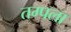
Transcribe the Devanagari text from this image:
तम्पला